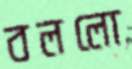
বললো